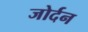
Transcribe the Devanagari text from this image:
जोर्दन